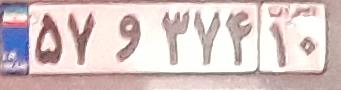
۵۷و۳۷۴۱۰